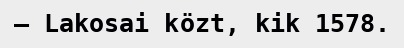
– Lakosai közt, kik 1578.